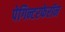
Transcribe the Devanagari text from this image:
पेगिन्टरफेरॉन